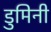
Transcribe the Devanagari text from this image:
डुमिनी